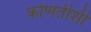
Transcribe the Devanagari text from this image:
कोणतीशी